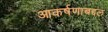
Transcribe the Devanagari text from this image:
आकर्षणाबद्दल